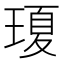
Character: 𤧶